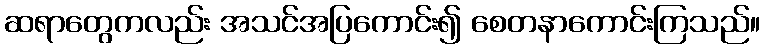
ဆရာတွေကလည်း အသင်အပြကောင်း၍ စေတနာကောင်းကြသည်။